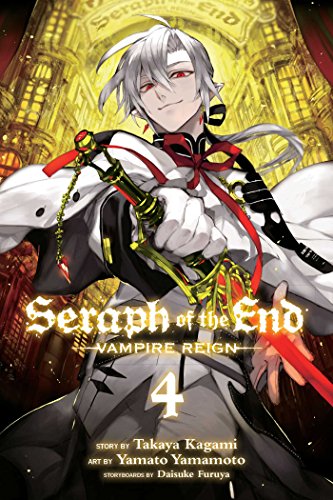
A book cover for Seraph of the End, Vol. 4: Vampire Reign; Takaya Kagami; Comics & Graphic Novels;